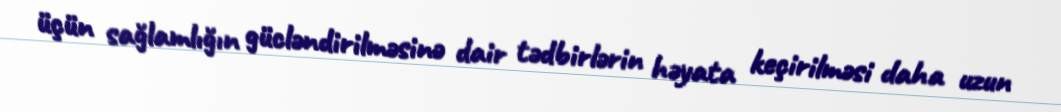
üçün sağlamlığın gücləndirilməsinə dair tədbirlərin həyata keçirilməsi daha uzun